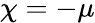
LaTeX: \chi=-\mu